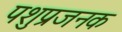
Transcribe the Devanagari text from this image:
पशुप्रजनक